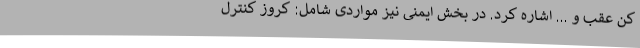
کن عقب و ... اشاره کرد. در بخش ایمنی نیز مواردی شامل: کروز کنترل